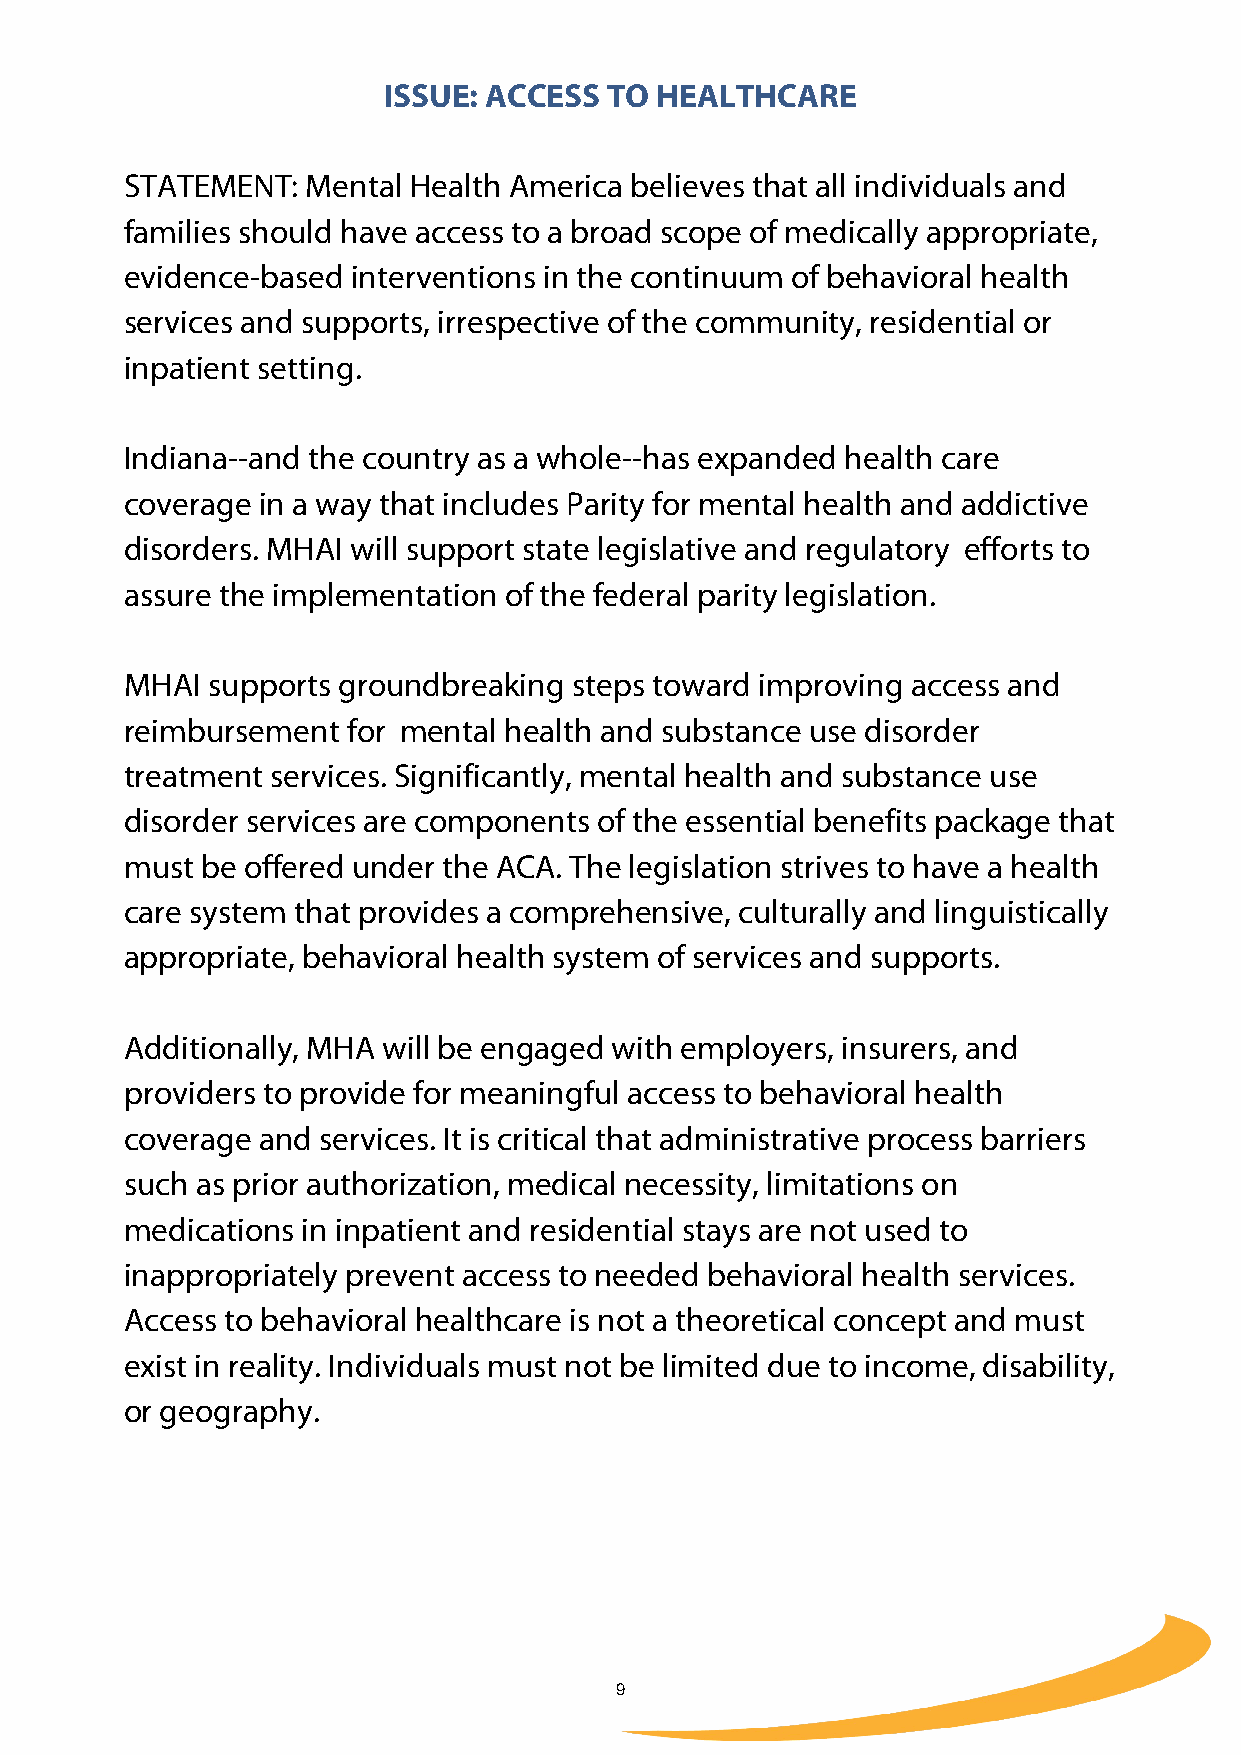
ISSUE: ACCESS  TO HEALTHCARE
 STATEMENT:  Mental Health America believes that all individuals and
 families should have access to a broad scope of medically appropriate,
 evidence-based interventions in the continuum of behavioral health
 services and supports, irrespective of the community, residential or
 inpatient setting.
 Indiana--and the country as a whole--has expanded health care
 coverage in a way that includes Parity for mental health and addictive
 disorders. MHAI will support state legislative and regulatory efforts to
 assure the implementation of the federal parity legislation.
 MHAI  supports groundbreaking steps toward improving access and
 reimbursement  for mental health and substance use disorder
 treatment services. Significantly, mental health and substance use
 disorder services are components of the essential benefits package that
 must be offered under the ACA. The legislation strives to have a health
 care system that provides a comprehensive, culturally and linguistically
 appropriate, behavioral health system of services and supports.
 Additionally, MHA will be engaged with employers, insurers, and
 providers to provide for meaningful access to behavioral health
 coverage and services. It is critical that administrative process barriers
 such as prior authorization, medical necessity, limitations on
 medications in inpatient and residential stays are not used to
 inappropriately prevent access to needed behavioral health services.
 Access to behavioral healthcare is not a theoretical concept and must
 exist in reality. Individuals must not be limited due to income, disability,
 or geography.
 9